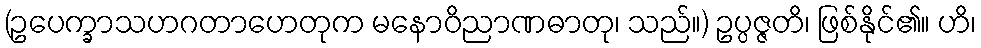
(ဥပေက္ခာသဟဂတာဟေတုက မနောဝိညာဏဓာတု၊ သည်။) ဥပ္ပဇ္ဇတိ၊ ဖြစ်နိုင်၏။ ဟိ၊